Treatise on elephants
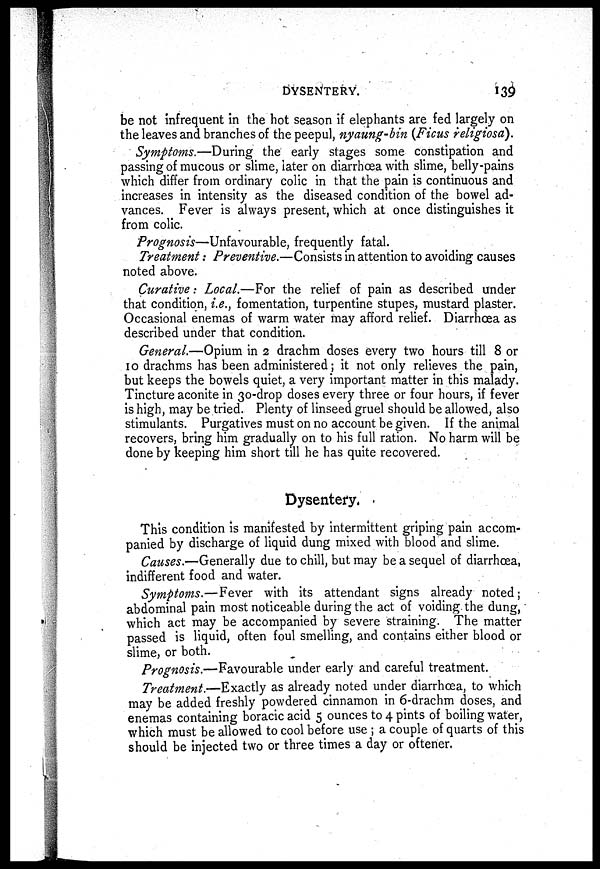
DYSENTERY.
139
be not infrequent in the hot season if elephants are fed largely on
the leaves and branches of the peepul, nyaung-bin (Ficus religiosa).
Symptoms.—During the early stages some constipation and
passing of mucous or slime, later on diarrhoea with slime, belly-pains
which differ from ordinary colic in that the pain is continuous and
increases in intensity as the diseased condition of the bowel ad-
vances. Fever is always present, which at once distinguishes it
from colic.
Prognosis—Unfavourable, frequently fatal.
Treatment: Preventive.—Consists in attention to avoiding causes
noted above.
Curative: Local.—For the relief of pain as described under
that condition, i.e., fomentation, turpentine stupes, mustard plaster.
Occasional enemas of warm water may afford relief. Diarrhoea as
described under that condition.
General.—Opium in 2 drachm doses every two hours till 8 or
10 drachms has been administered; it not only relieves the pain,
but keeps the bowels quiet, a very important matter in this malady.
Tincture aconite in 30-drop doses every three or four hours, if fever
is high, may be tried. Plenty of linseed gruel should be allowed, also
stimulants. Purgatives must on no account be given. If the animal
recovers, bring him gradually on to his full ration. No harm will be
done by keeping him short till he has quite recovered.
Dysentery.
This condition is manifested by intermittent griping pain accom-
panied by discharge of liquid dung mixed with blood and slime.
Causes.—Generally due to chill, but may be a sequel of diarrhoea,
indifferent food and water.
Symptoms.—Fever with its attendant signs already noted;
abdominal pain most noticeable during the act of voiding the dung,
which act may be accompanied by severe straining. The matter
passed is liquid, often foul smelling, and contains either blood or
slime, or both.
Prognosis.—Favourable under early and careful treatment.
Treatment.—Exactly as already noted under diarrhoea, to which
may be added freshly powdered cinnamon in 6-drachm doses, and
enemas containing boracic acid 5 ounces to 4 pints of boiling water,
which must be allowed to cool before use ; a couple of quarts of this
should be injected two or three times a day or oftener.